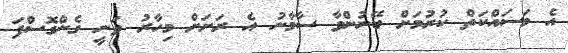
އެ މަސައްކަތް ކުރުމަށް ބޭނުންވާ ސާމާނު އެ ރަށަށް މިހާރު ވަނީ ގެންގޮސްފަ